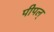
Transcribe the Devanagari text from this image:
पीपल्